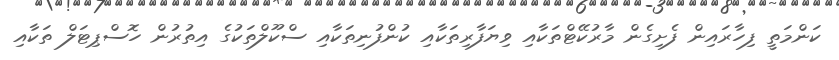
ކަންމަތީ ފިހާރައިން ފެށިގެން މާރުކޭޓްތަކާއި ވިޔަފާރިތަކާއި ކުންފުނިތަކާއި ސްކޫލްތަކުގެ އިތުރުން ހޮސްޕިޓަލް ތަކާއި